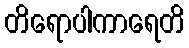
တိရောပါကာရေတိ